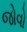
જોવો